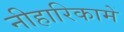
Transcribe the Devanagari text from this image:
नीहारिकामें